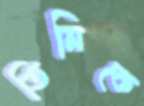
তিনিকে